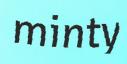
minty